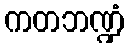
ကတဘဏ္ဍံ